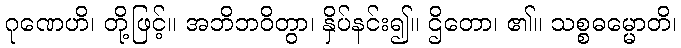
ဂုဏေဟိ၊ တို့ဖြင့်။ အဘိဘဝိတွာ၊ နှိပ်နင်း၍။ ဌိတော၊ ၏။ သစ္စဓမ္မောတိ၊